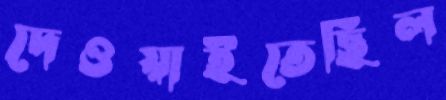
দেওয়াইতেছিল